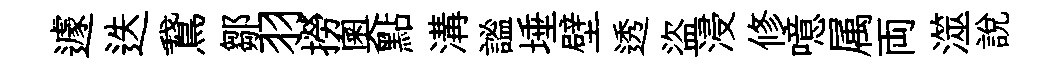
遽迭鵞鄒羽撈奥點溝謐埵壁透盜浸修噫属両澨說